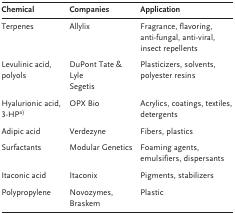
<table><thead><tr><td><b>Chemical</b></td><td><b>Companies</b></td><td><b>Application</b></td></tr></thead><tbody><tr><td>Terpenes</td><td>Allylix</td><td>Fragrance, flavoring, anti-fungal, anti-viral, insect repellents</td></tr><tr><td>Levulinic acid, polyols</td><td>DuPont Tate &amp; Lyle,Segetis</td><td>Plasticizers, solvents, polyester resins</td></tr><tr><td>Hyalurionic acid, 3-HPa)</td><td>OPX Bio</td><td>Acrylics, coatings, textiles, detergents</td></tr><tr><td>Adipic acid</td><td>Verdezyne</td><td>Fibers, plastics</td></tr><tr><td>Surfactants</td><td>Modular Genetics</td><td>Foaming agents, emulsifiers, dispersants</td></tr><tr><td>Itaconic acid</td><td>Itaconix</td><td>Pigments, stabilizers</td></tr><tr><td>Polypropylene</td><td>Novozymes, Braskem</td><td>Plastic</td></tr></tbody></table>